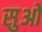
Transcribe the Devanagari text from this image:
सुओ